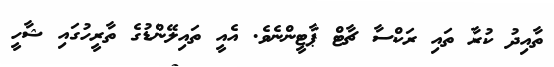
ތާއިދު ކުރާ ތައި ރަކްސާ ޗާޓް ޕާޓީންނެވެ. އެއީ ތައިލޭންޑުގެ ތާރީހުގައި ޝާހީ